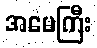
အမေကြီး